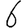
Digit: 6